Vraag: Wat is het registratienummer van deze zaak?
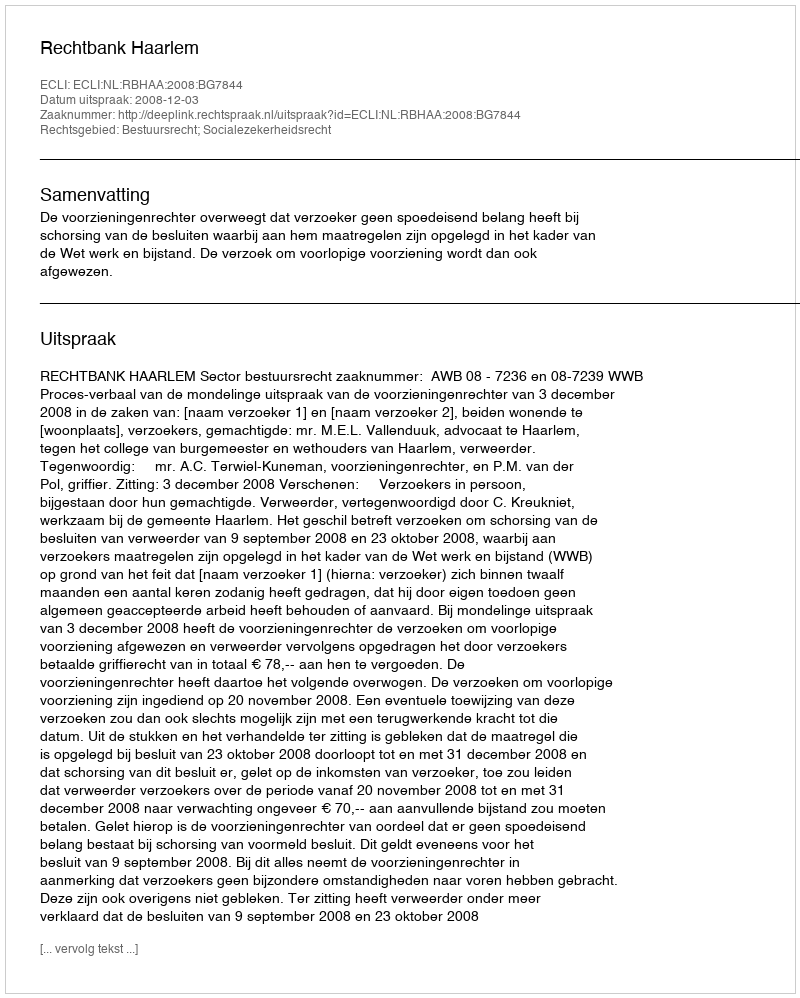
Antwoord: http://deeplink.rechtspraak.nl/uitspraak?id=ECLI:NL:RBHAA:2008:BG7844